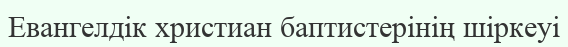
Евангелдік христиан баптистерінің шіркеуі